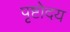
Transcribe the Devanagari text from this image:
पृष्टोदय